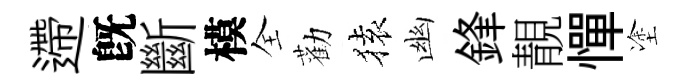
遰旣斷模全勸𫞤幽鋒靚憚塗